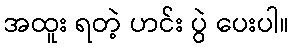
အထူး ရတဲ့ ဟင်း ပွဲ ပေးပါ။